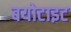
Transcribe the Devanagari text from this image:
बयोटाइट